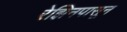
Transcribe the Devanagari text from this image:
रेझिनपासून